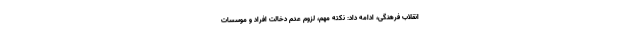
انقلاب فرهنگی، ادامه داد: نکته مهم، لزوم عدم دخالت افراد و موسسات